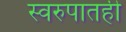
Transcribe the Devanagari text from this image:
स्वरुपातही